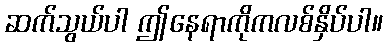
ဆက်သွယ်ပါ ဤနေရာကိုကလစ်နှိပ်ပါ။